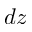
d z